Report on vaccination in the Province of Bengal - 1874-1889
Year: 1874
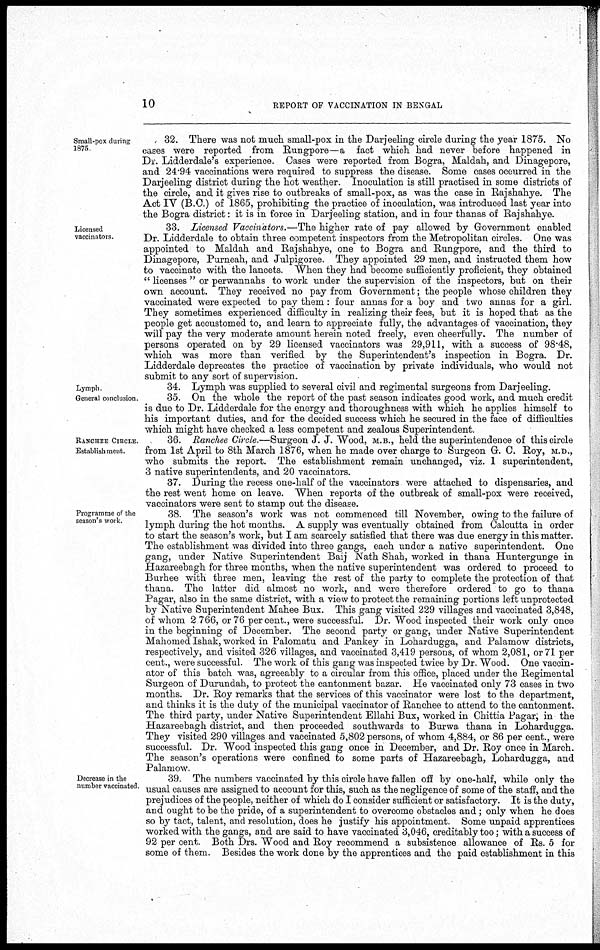
10
REPORT OF VACCINATION IN BENGAL
Small-pox during
1875.
32. There was not much small-pox in the Darjeeling circle during the year 1875. No
cases were reported from Rungpore—a fact which had never before happened in
Dr. Lidderdale's experience. Cases were reported from Bogra, Maldah, and Dinagepore,
and 24.94 vaccinations were required to suppress the disease. Some cases occurred in the
Darjeeling district during the hot weather. Inoculation is still practised in some districts of
the circle, and it gives rise to outbreaks of small-pox, as was the case in Rajshahye. The
Act IV (B.C.) of 1865, prohibiting the practice of inoculation, was introduced last year into
the Bogra district: it is in force in Darjeeling station, and in four thanas of Rajshahye.
Licensed
vaccinators.
33. Licensed Vaccinators.—The higher rate of pay allowed by Government enabled
Dr. Lidderdale to obtain three competent inspectors from the Metropolitan circles. One was
appointed to Maldah and Rajshahye, one to Bogra and Rungpore, and the third to
Dinagepore, Purneah, and Julpigoree. They appointed 29 men, and instructed them how
to vaccinate with the lancets. When they had become sufficiently proficient, they obtained
" licenses " or perwannahs to work under the supervision of the inspectors, but on their
own account. They received no pay from Government; the people whose children they
vaccinated were expected to pay them: four annas for a boy and two annas for a girl.
They sometimes experienced difficulty in realizing their fees, but it is hoped that as the
people get accustomed to, and learn to appreciate fully, the advantages of vaccination, they
will pay the very moderate amount herein noted freely, even cheerfully. The number of
persons operated on by 29 licensed vaccinators was 29,911, with a success of 98.48,
which was more than verified by the Superintendent's inspection in Bogra. Dr.
Lidderdale deprecates the practice of vaccination by private individuals, who would not
submit to any sort of supervision.
Lymph
General conclusion.
34. Lymph was supplied to several civil and regimental surgeons from Darjeeling.
35. On the whole the report of the past season indicates good work, and much credit
is due to Dr. Lidderdale for the energy and thoroughness with which he applies himself to
his important duties, and for the decided success which he secured in the face of difficulties
which might have checked a less competent and zealous Superintendent.
RANCHEE CIRCLE.
Establishment.
36. Ranchee Circle.—Surgeon J. J. Wood, M.B., held the superintendence of this circle
from 1st April to 8th March 1876, when he made over charge to Surgeon G. C. Roy, M.D.,
who submits the report. The establishment remain unchanged, viz. 1 superintendent,
3 native superintendents, and 20 vaccinators.
37. During the recess one-half of the vaccinators were attached to dispensaries, and
the rest went home on leave. When reports of the outbreak of small-pox were received,
vaccinators were sent to stamp out the disease.
Programme of the
season's work.
38. The season's work was not commenced till November, owing to the failure of
lymph during the hot months. A supply was eventually obtained from Calcutta in order
to start the season's work, but I am scarcely satisfied that there was due energy in this matter.
The establishment was divided into three gangs, each under a native superintendent. One
gang, under Native Superintendent Baij Nath Shah, worked in thana Huntergunge in
Hazareebagh for three months, when the native superintendent was ordered to proceed to
Burhee with three men, leaving the rest of the party to complete the protection of that
thana. The latter did almost no work, and were therefore ordered to go to thana
Pagar, also in the same district, with a view to protect the remaining portions left unprotected
by Native Superintendent Mahee Bux. This gang visited 229 villages and vaccinated 3,848,
of whom 2 766, or 76 per cent., were successful. Dr. Wood inspected their work only once
in the beginning of December. The second party or gang, under Native Superintendent
Mahomed Ishak, worked in Palomatu and Pankey in Lohardugga, and Palamow districts,
respectively, and visited 326 villages, and vaccinated 3,419 persons, of whom 2,081, or 71 per
cent., were successful The work of this gang was inspected twice by Dr Wood. One vaccin-
ator of this batch was, agreeably to a circular from this office, placed under the Regimental
Surgeon of Durundah, to protect the cantonment bazar. He vaccinated only 73 cases in two
months. Dr. Roy remarks that the services of this vaccinator were lost to the department,
and thinks it is the duty of the municipal vaccinator of Ranchee to attend to the cantonment.
The third party, under Native Superintendent Ellahi Bux, worked in Chittia Pagar; in the
Hazareebagh district, and then proceeded southwards to Burwa thana in Lohardugga.
They visited 290 villages and vaccinated 5,802 persons, of whom 4,884, or 86 per cent., were
successful. Dr. Wood inspected this gang once in December, and Dr. Roy once in March.
The season's operations were confined to some parts of Hazareebagh, Lohardugga, and
Palamow
Decrease in the
number vaccinated.
39. The numbers vaccinated by this circle have fallen off by one-half, while only the
usual causes are assigned to account for this, such as the negligence of some of the staff, and the
prejudices of the people, neither of which do I consider sufficient or satisfactory. It is the duty,
and ought to be the pride, of a superintendent to overcome obstacles and; only when he does
so by tact, talent, and resolution, does he justify his appointment. Some unpaid apprentices
worked with the gangs, and are said to have vaccinated 3,046, creditably too; with a success of
92 per cent. Both Drs. Wood and Roy recommend a subsistence allowance of Rs. 5 for
some of them. Besides the work done by the apprentices and the paid establishment in this